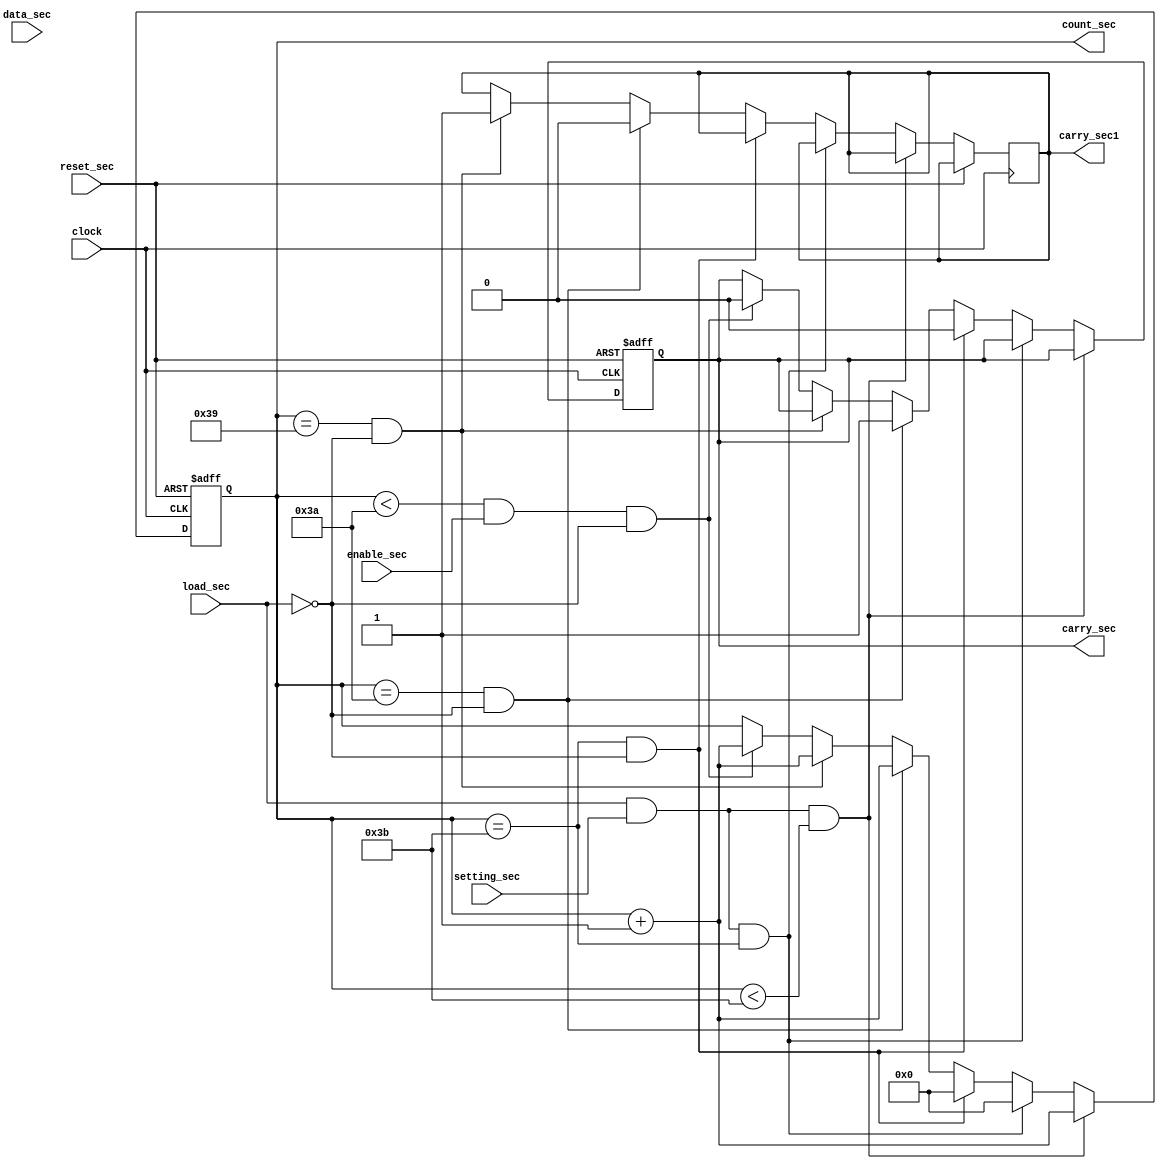
`timescale 1ns / 1ps
//////////////////////////////////////////////////////////////////////////////////
// Company: 
// Engineer: 
// 
// Design Name: 
// Module Name:    counter_sec 
// Project Name: 
// Target Devices: 
// Tool versions: 
// Description: 
//
// Dependencies: 
//
// Revision: 
// Revision 0.01 - File Created
// Additional Comments: 
//
//////////////////////////////////////////////////////////////////////////////////
module counter_sec(setting_sec, data_sec, load_sec, count_sec, enable_sec, reset_sec, clock, carry_sec, carry_sec1);
 
    input load_sec, enable_sec, reset_sec, clock;
	 input setting_sec;
    input [5:0] data_sec;
    output [5:0]count_sec;
    reg [5:0] count_sec;
	 //output [5:0]count_sec1;
	 //reg [5:0] count_sec1;
	 output carry_sec;
    reg  carry_sec;
	 output carry_sec1;
    reg  carry_sec1;
	 
     always @ (posedge clock or posedge reset_sec )
         begin
		     if (reset_sec)begin
		         count_sec<=6'b000000;
					carry_sec<=2'b0;
					end				
		     else if (load_sec && setting_sec && count_sec<59 ) begin
			      count_sec<=count_sec+1;	
					end
			  else if (load_sec && setting_sec && count_sec==59 ) begin
			      count_sec<=6'b000000;	
					end	
           else if (count_sec==59 && load_sec==0 ) begin
		         count_sec<=6'b000000;
					carry_sec<=2'b0;
					end	
			  else if (count_sec==58 && load_sec==0) begin	
               count_sec<=count_sec+1;	
					carry_sec1<=2'b0;
					carry_sec<=2'b1;
					end			
			  else if (count_sec==57 && load_sec==0) begin	
			      count_sec<=count_sec+1;
               carry_sec1<=2'b1;
					end			
			  else if (count_sec<58 && enable_sec && load_sec==0) begin
		         count_sec<=count_sec+1;
					carry_sec<=2'b0;
			      end	
			end		
endmodule